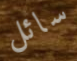
سائل